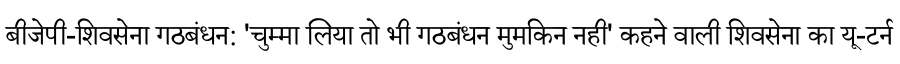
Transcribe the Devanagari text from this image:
बीजेपी-शिवसेना गठबंधन: 'चुम्मा लिया तो भी गठबंधन मुमकिन नही' कहने वाली शिवसेना का यू-टर्न